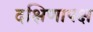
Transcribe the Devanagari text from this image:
दक्षिणापक्ष